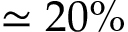
\simeq 2 0 \%